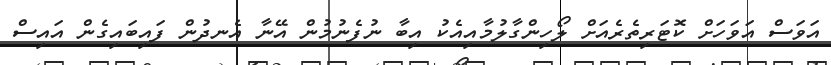
އަވަސް އަވަހަށް ކޮޓަރިތެރެއަށް ލޯހިންގާލުމާއިއެކު އިބާ ނުފެނުމުން އޭނާ އެނދުން ފައިބައިގެން އައިސް